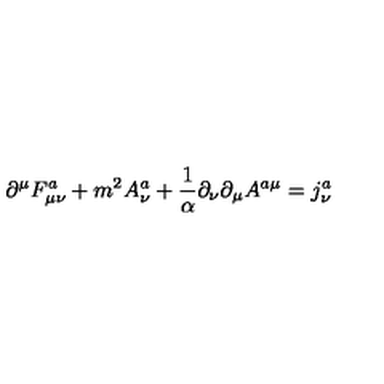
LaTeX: \partial ^ { \mu } F _ { \mu \nu } ^ { a } + m ^ { 2 } A _ { \nu } ^ { a } + \frac 1 \alpha \partial _ { \nu } \partial _ { \mu } A ^ { a \mu } = j _ { \nu } ^ { a }